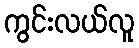
ကွင်းလယ်လူ